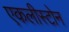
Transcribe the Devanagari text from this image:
एकलीस्टोन